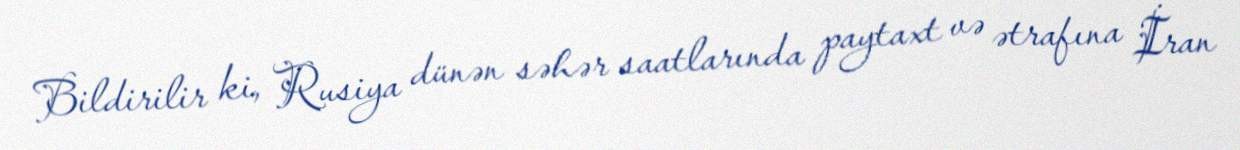
Bildirilir ki, Rusiya dünən səhər saatlarında paytaxt və ətrafına İran